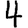
Digit: 4